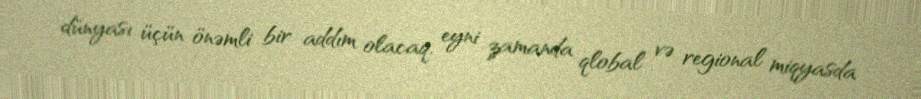
dünyası üçün önəmli bir addım olacaq, eyni zamanda qlobal və regional miqyasda